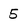
Character: 5